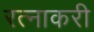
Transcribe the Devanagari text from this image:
रत्नाकरी